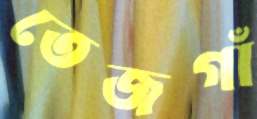
তেজগাঁ